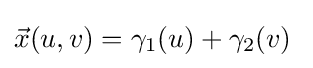
{\vec {x}}(u,v)=\gamma _{1}(u)+\gamma _{2}(v)\;